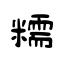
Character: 糯